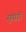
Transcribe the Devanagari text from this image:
सुपाड़ी